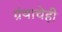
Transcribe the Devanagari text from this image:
ग्रंथाचेही